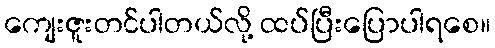
ကျေးဇူးတင်ပါတယ်လို့ ထပ်ပြီးပြောပါရစေ။